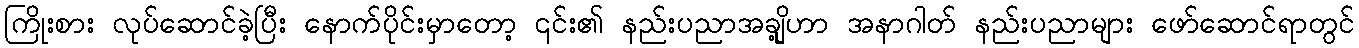
ကြိုးစား လုပ်ဆောင်ခဲ့ပြီး နောက်ပိုင်းမှာတော့ ၎င်း၏ နည်းပညာအချို့ဟာ အနာဂါတ် နည်းပညာများ ဖော်ဆောင်ရာတွင်